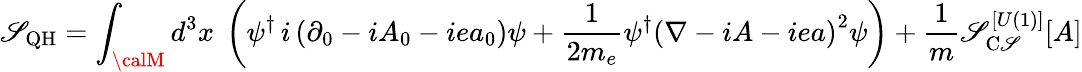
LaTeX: \mathscr{S}_{\mathrm{{{QH}}}}=\int_{\calM}d^{3}x~\left(\psi^{\dagger}\, i\left(\partial_{0}-iA_{0}-iea_{0}\right)\psi+\frac{{1}}{{2m_{e}}}\psi^{\dagger}\left(\nabla-iA-iea\right)^{2}\psi\right)+\frac{{1}}{{m}}\mathscr{S}_{\mathrm{{C\mathscr{S}}}}^{[U(1)]}[A]